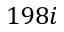
1 9 8 i